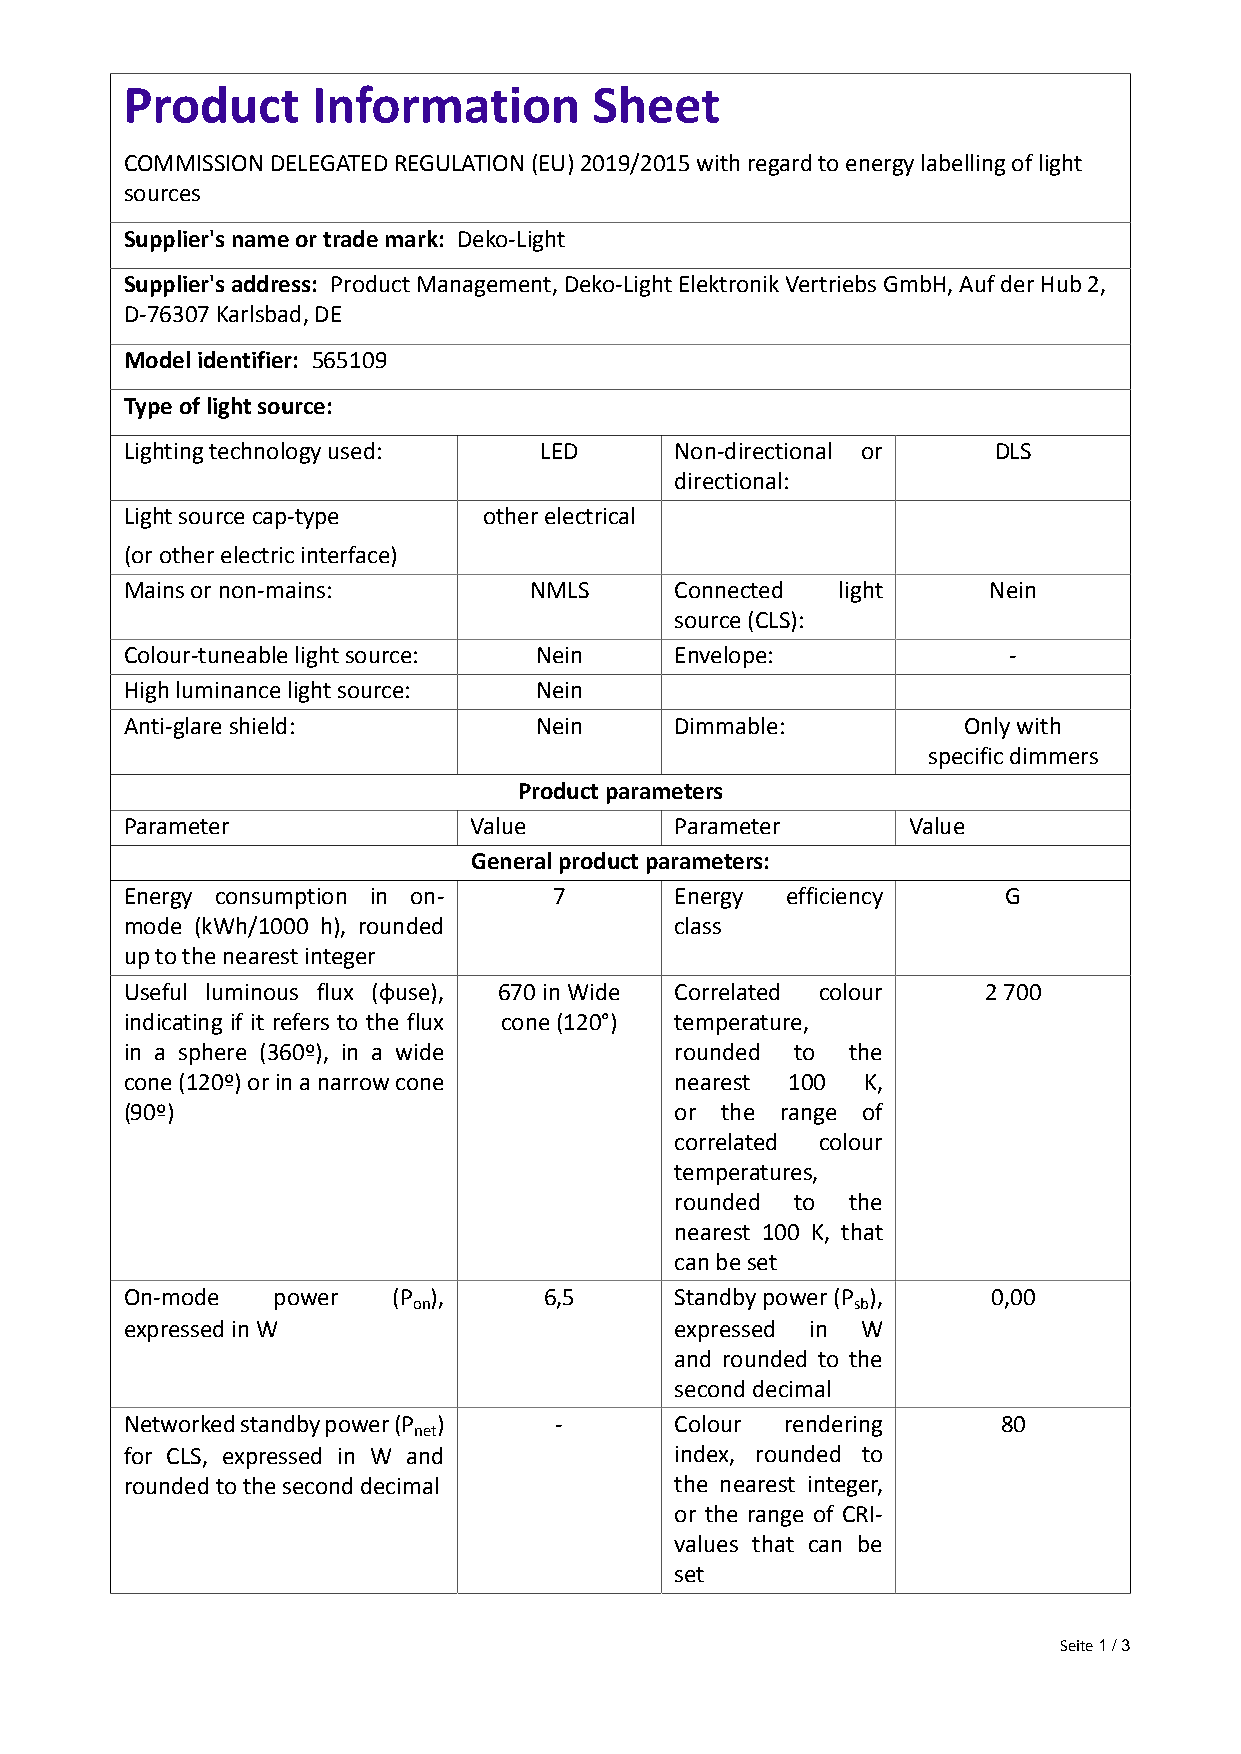
Product      Information       Sheet
 COMMISSION DELEGATED REGULATION (EU) 2019/2015 with regard to energy labelling of light
 sources
 Supplier's name or trade mark: Deko-Light
 Supplier's address: Product Management, Deko-Light Elektronik Vertriebs GmbH, Auf der Hub 2,
 D-76307 Karlsbad, DE
 Model identifier: 565109
 Type of light source:
 Lighting technology used:   LED      Non-directional or   DLS
 directional:
 Light source cap-type   other electrical
 (or other electric interface)
 Mains or non-mains:        NMLS      Connected light     Nein
 source (CLS):
 Colour-tuneable light source: Nein   Envelope:             -
 High luminance light source: Nein
 Anti-glare shield:         Nein      Dimmable:          Only with
 specific dimmers
 Product parameters
 Parameter              Value         Parameter      Value
 General product parameters:
 Energy consumption in on-    7       Energy efficiency     G
 mode (kWh/1000 h), rounded           class
 up to the nearest integer
 Useful luminous flux (ɸuse), 670 in Wide Correlated colour 2 700
 indicating if it refers to the flux cone (120°) temperature,
 in a sphere (360º), in a wide        rounded to the
 cone (120º) or in a narrow cone      nearest 100 K,
 (90º)                                or the range of
 correlated colour
 temperatures,
 rounded to the
 nearest 100 K, that
 can be set
 On-mode   power   (P ),     6,5      Standby power (P ),  0,00
 on                           sb
 expressed in W                       expressed in W
 and rounded to the
 second decimal
 Networked standby power (P ) -       Colour rendering     80
 net
 for CLS, expressed in W and          index, rounded to
 rounded to the second decimal        the nearest integer,
 or the range of CRI-
 values that can be
 set
 Seite 1 / 3